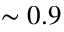
\sim 0 . 9